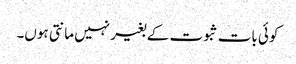
کوئی بات ثبوت کے بغیر نہیں مانتی ہوں۔